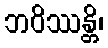
ဘဝိဿန္တိ၊